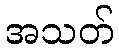
အသတ်